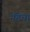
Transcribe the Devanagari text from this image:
नंडेचा